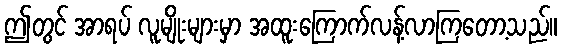
ဤတွင် အာရပ် လူမျိုးများမှာ အထူးကြောက်လန့်လာကြတော့သည်။